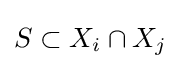
S\subset X_{i}\cap X_{j}